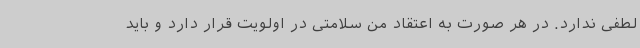
لطفی ندارد. در هر صورت به اعتقاد من سلامتی در اولویت قرار دارد و باید